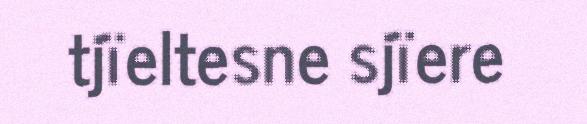
tjïeltesne sjïere